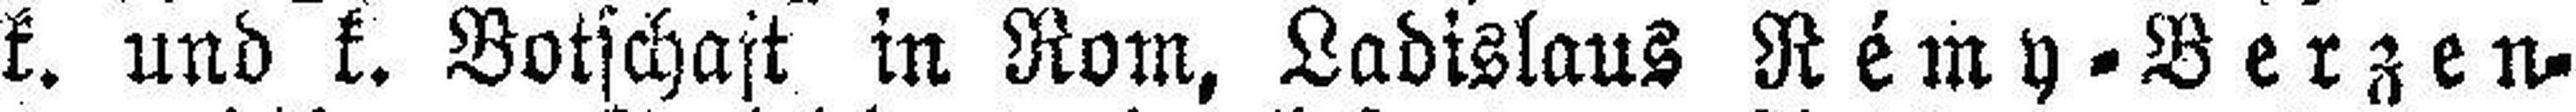
k. und k. Botschaft in Rom, Ladislaus Rémy=Berzen¬